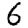
Digit: 6